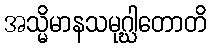
အသ္မိမာနသမုဂ္ဃါတောတိ